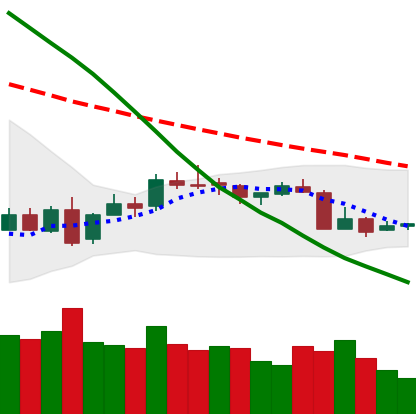
Ticker: XMR-USD
Chart end date: 2018-07-14
Forward return: 13.242%
Label: up_7plus